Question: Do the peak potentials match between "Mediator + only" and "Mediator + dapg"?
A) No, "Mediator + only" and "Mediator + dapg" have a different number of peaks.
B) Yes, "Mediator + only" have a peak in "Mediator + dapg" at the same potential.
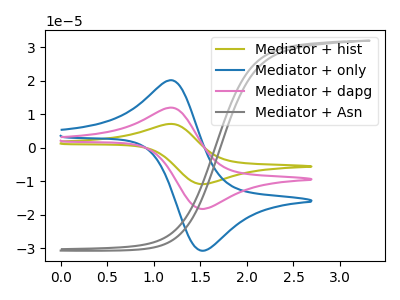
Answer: <think>The olive curve "Mediator + hist" has an anodic peak at (1.20V, 23.90uA) and a cathodic peak at (1.50V, -36.50uA). The blue curve "Mediator + only" has an anodic peak at (1.20V, 20.10uA) and a cathodic peak at (1.50V, -30.70uA). The pink curve "Mediator + dapg" has an anodic peak at (1.20V, 11.95uA) and a cathodic peak at (1.50V, -18.25uA). The gray curve "Mediator + Asn" has no peaks.</think>
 <answer>B) Yes, "Mediator + only" have a peak in "Mediator + dapg" at the same potential.</answer>
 <eval>B</eval>